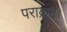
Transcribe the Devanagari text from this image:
पराक्रम।